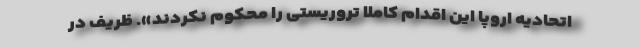
اتحادیه اروپا این اقدام کاملاً تروریستی را محکوم نکردند». ظریف در